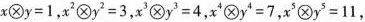
$$x⊗y=1$$，$$x^{2}⊗y^{2}=3$$，$$x^{3}⊗y^{2}=4$$，$$x^{4}⊗y^{4}=7$$，$$x^{5}⊗y^{5}=11$$，